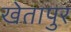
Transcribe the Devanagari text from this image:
खेतापुर